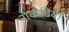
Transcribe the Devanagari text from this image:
रोकडिया